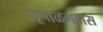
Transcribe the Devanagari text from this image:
भूपाळगडास